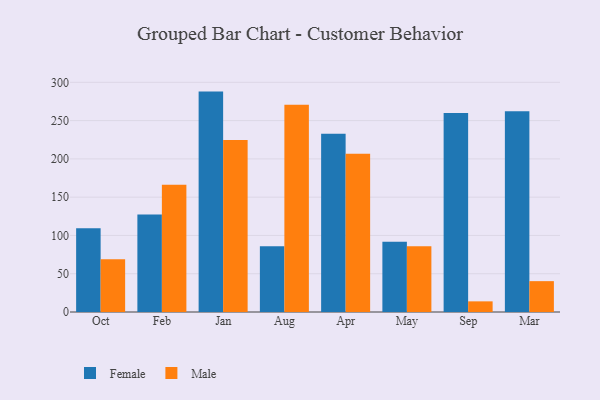
{"axis": {"x": "Month", "y": "Conversion Rate (%)"}, "legend": ["Female", "Male"], "data": [{"x": "Oct", "y": 109.5, "type": "Female"}, {"x": "Oct", "y": 68.8, "type": "Male"}, {"x": "Feb", "y": 127.5, "type": "Female"}, {"x": "Feb", "y": 166.2, "type": "Male"}, {"x": "Jan", "y": 287.9, "type": "Female"}, {"x": "Jan", "y": 224.7, "type": "Male"}, {"x": "Aug", "y": 86.0, "type": "Female"}, {"x": "Aug", "y": 270.6, "type": "Male"}, {"x": "Apr", "y": 232.7, "type": "Female"}, {"x": "Apr", "y": 206.6, "type": "Male"}, {"x": "May", "y": 91.7, "type": "Female"}, {"x": "May", "y": 86.0, "type": "Male"}, {"x": "Sep", "y": 259.8, "type": "Female"}, {"x": "Sep", "y": 13.9, "type": "Male"}, {"x": "Mar", "y": 262.3, "type": "Female"}, {"x": "Mar", "y": 40.3, "type": "Male"}]}